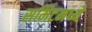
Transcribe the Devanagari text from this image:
समिटमध्ये